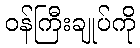
ဝန်ကြီးချုပ်ကို